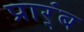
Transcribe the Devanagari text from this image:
प्रार्ंब